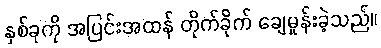
နှစ်ခုကို အပြင်းအထန် တိုက်ခိုက် ချေမှုန်းခဲ့သည်။